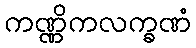
ကဏ္ဏိကလက္ခဏံ